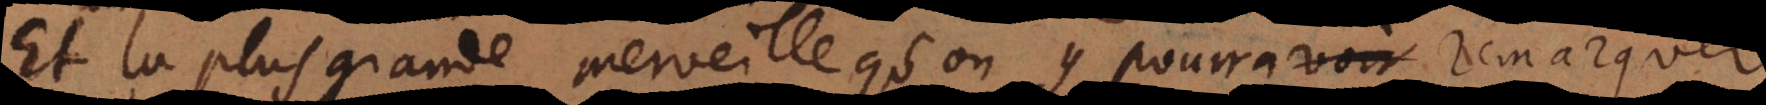
Et la plus grande merveille qu’on y pourra remarquer,